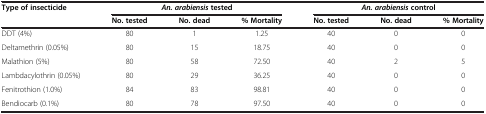
| Type of insecticide | <COLSPAN=3> An. arabiensis tested | <COLSPAN=3> An. arabiensis control |
 |  | No. tested | No. dead | % Mortality | No. tested | No. dead | % Mortality |
 | --- | --- | --- | --- | --- | --- | --- |
 | DDT (4%) | 80 | 1 | 1.25 | 40 | 0 | 0 |
 | Deltamethrin (0.05%) | 80 | 15 | 18.75 | 40 | 0 | 0 |
 | Malathion (5%) | 80 | 58 | 72.50 | 40 | 2 | 5 |
 | Lambdacylothrin (0.05%) | 80 | 29 | 36.25 | 40 | 0 | 0 |
 | Fenitrothion (1.0%) | 84 | 83 | 98.81 | 40 | 0 | 0 |
 | Bendiocarb (0.1%) | 80 | 78 | 97.50 | 40 | 0 | 0 |